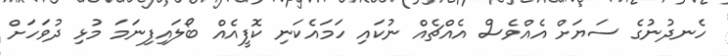
ހެނދުނުގެ ސަޔަށް އެއްވެސް އެއްޗެއް ނުކައި ހަމައެކަނި ކޮފީއެއް ބޯލައިފިނަމަ މުޅި ދުވަހަށް